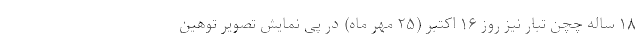
۱۸ ساله چچن تبار نیز روز ۱۶ اکتبر (۲۵ مهر ماه) در پی نمایش تصویر توهین